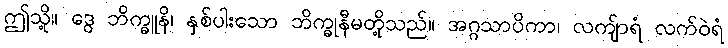
ဤသို့။ ဒွေ ဘိက္ခူနိ၊ နှစ်ပါးသော ဘိက္ခုနီမတို့သည်။ အဂ္ဂသာပိကာ၊ လကျ်ာရံ လက်ဝဲရံ